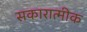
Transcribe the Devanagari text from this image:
सकारात्मीक